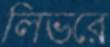
লিভরে